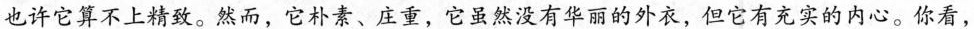
也许它算不上精致。然而，它朴素、庄重，它虽然没有华丽的外衣，但它有充实的内心。你看，